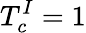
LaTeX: T_{c}^{I}=1